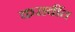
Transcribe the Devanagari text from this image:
करावींत